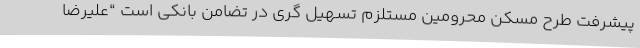
پیشرفت طرح مسکن محرومین مستلزم تسهیل گری در تضامن بانکی است “علیرضا